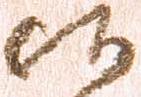
候